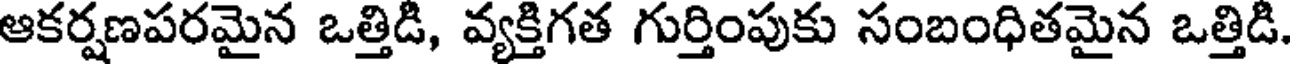
ఆకర్షణపరమైన ఒత్తిడి, వ్యక్తిగత గుర్తింపుకు సంబంధితమైన ఒత్తిడి.